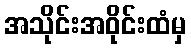
အသိုင်းအဝိုင်းထံမှ